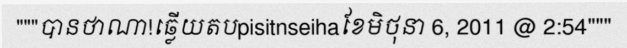
"""បានថាណា!ឆ្លើយតបpisitnseihaខែមិថុនា 6, 2011 @ 2:54"""